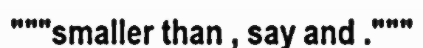
"""smaller than , say and ."""